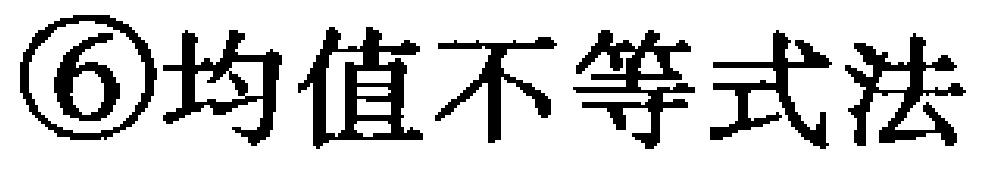
\textcircled{6}均值不等式法